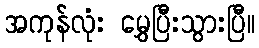
အကုန်လုံး မွှေပြီးသွားပြီ။